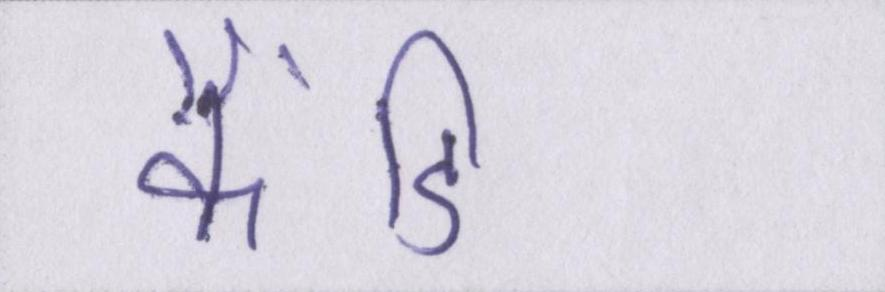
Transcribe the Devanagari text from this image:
कैंडिडेट